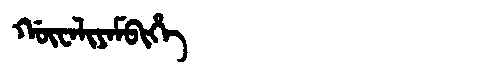
Manchu: ᡤᡡᠸᠠᠯᡳᠶᠠᠮᠪᡳᡥᡝ
Romanization: GŪWALIYAMBIHE